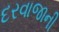
દરવાજાની